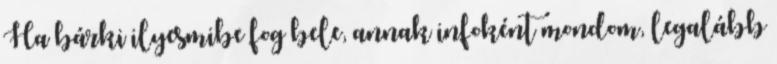
Ha bárki ilyesmibe fog bele, annak infoként mondom, legalább